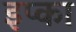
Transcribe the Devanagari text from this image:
इप्का